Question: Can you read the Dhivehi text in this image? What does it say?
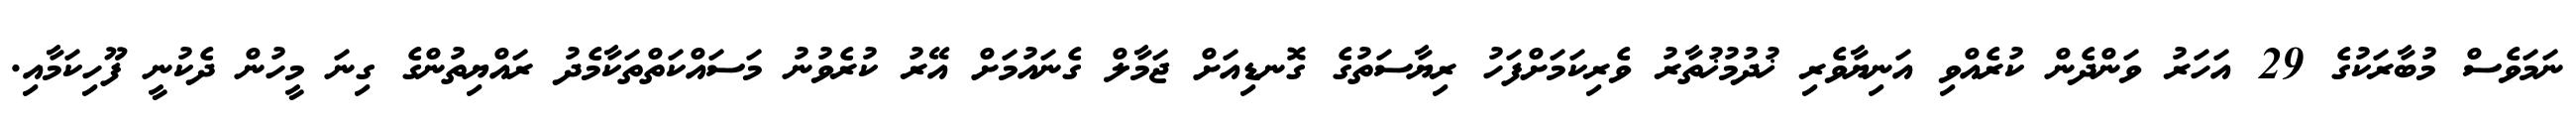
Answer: ނަމަވެސް މުބާރަކުގެ 29 އަހަރު ވަންދެން ކުރެއްވި އަނިޔާވެރި ޚުދުމުޚުތާރު ވެރިކަމަށްފަހު ރިޔާސަތުގެ ގޮނޑިއަށް ޖަމާލް ގެނައުމަށް އޭރު ކުރެވުނު މަސައްކަތްތަކާމެދު ރައްޔިތުންގެ ގިނަ މީހުން ދެކުނީ ފޫހިކަމާއި.